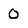
Character: 0